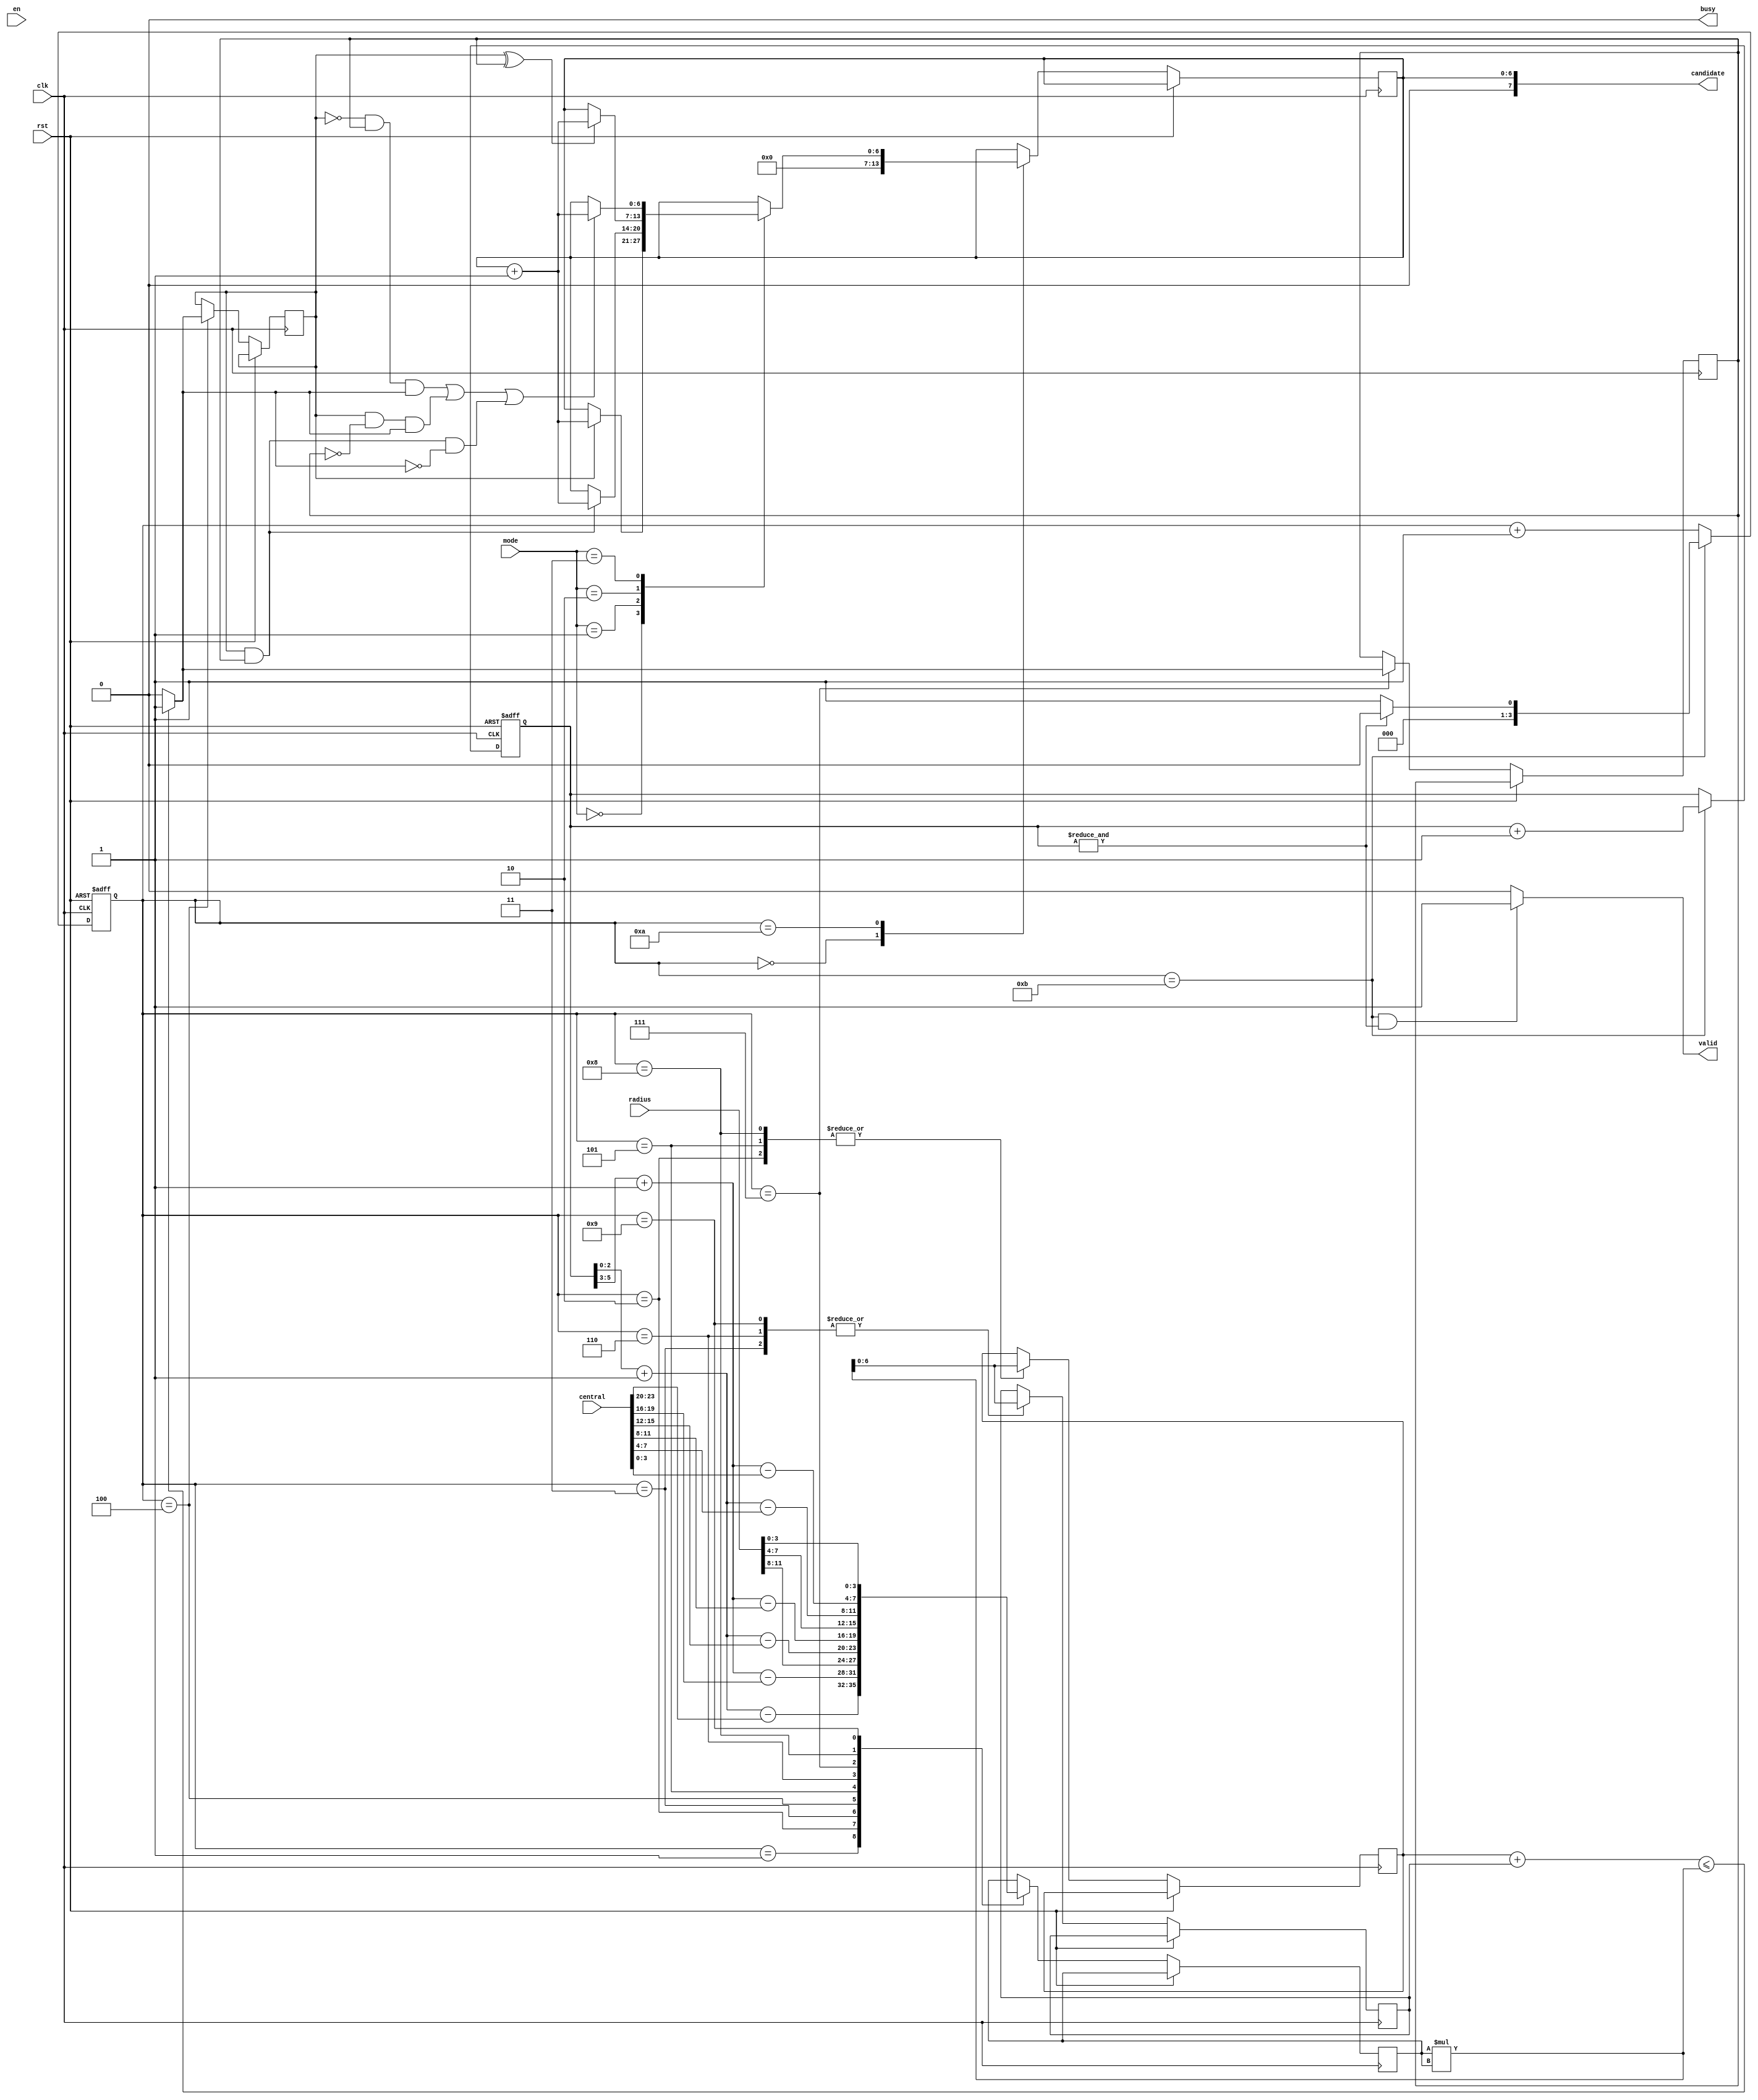
module SET ( clk , rst, en, central, radius, mode, busy, valid, candidate );

input clk, rst;
input en;
input [23:0] central;
input [11:0] radius;
input [1:0] mode;
output busy;
output reg valid;
output [7:0] candidate;//64 6:0

reg [5:0] counter;
wire [3:0] now_x,now_y;

wire [7:0] temp_2;//4*4=8
reg [6:0] left_reg_1,left_reg_2;

reg [3:0] step,next_step;
reg signed [3:0] temp;
reg flag_left,flag_mid;
wire flag;
reg [6:0] candidate_reg;

assign candidate = {1'b0,candidate_reg};
assign now_x = counter[2:0] + 1;
assign now_y = counter[5:3] + 1;
assign busy = 0;

assign temp_2 = temp * temp;
assign flag = (left_reg_1 + left_reg_2 <= temp_2)?1'b1:0;

always@(*)begin
	if(step == 4'b1011) begin
		if (&counter) begin 
			next_step = 0;
		end
		else begin
			next_step = 1;
		end
	end
	else begin
		next_step = step + 1;
	end
	
	if(step == 4'b1011 && &counter) begin
		valid = 1;
	end
	else valid = 0;
end

always @(posedge clk or posedge rst) begin
	if (rst) begin
		step <= 0;
		counter <= 0;
	end
	else begin
		step <= next_step;
		case (step)
			4'b0000:begin
				candidate_reg <= 0;
			end
			4'b0001:begin
				temp <= now_x - central[23:20];
			end
			4'b0010:begin
				left_reg_1 <= temp_2;
				temp <= now_y - central[19:16];
			end
			4'b0011:begin
				left_reg_2 <= temp_2;
				temp <= radius[11:8];
			end
			4'b0100:begin
				flag_left <= flag;
				temp <= now_x - central[15:12];
			end
			4'b0101:begin
				left_reg_1 <= temp_2;
				temp <= now_y - central[11:8];
			end
			4'b0110:begin
				left_reg_2 <= temp_2;
				temp <= radius[7:4];
			end
			4'b0111:begin
				flag_mid <= flag;
				temp <= now_x - central[7:4];
			end
			4'b1000:begin
				left_reg_1 <= temp_2;
				temp <= now_y - central[3:0];
			end
			4'b1001:begin
				left_reg_2 <= temp_2;
				temp <= radius[3:0];
			end
			4'b1010:begin
				case(mode)
					2'b00:begin
						if(flag_left) begin
							candidate_reg <= candidate_reg + 1;
						end
					end
					2'b01:begin
						if(flag_left & flag_mid) begin
							candidate_reg <= candidate_reg + 1;
						end
					end
					2'b10:begin
						if(flag_left ^ flag_mid) begin
							candidate_reg <= candidate_reg + 1;
						end
					end
					2'b11:begin
						if((!flag_left & flag_mid & flag)||(flag_left & !flag_mid & flag)||(flag_left & flag_mid & !flag)) begin
							candidate_reg <= candidate_reg + 1;
						end
					end
				endcase
													
			end
			4'b1011:begin
				counter <= counter + 1;
			end
		endcase
	end
end

endmodule

/*module SET ( clk , rst, en, central, radius, mode, busy, valid, candidate );

input clk, rst;
input en;
input [23:0] central;
input [11:0] radius;
input [1:0] mode;
output reg busy;
output reg valid;
output [7:0] candidate;//64 6:0

reg [5:0] counter;
wire [3:0] now_x,now_y;

wire [7:0] temp_2;//4*4=8
reg [6:0] left_reg_1,left_reg_2;

reg [3:0] step;
reg signed [3:0] temp;
reg flag_left,flag_mid;
wire flag;
reg [6:0] candidate_reg;

assign candidate = {1'b0,candidate_reg};
assign now_x = counter[2:0] + 1;
assign now_y = counter[5:3] + 1;

assign temp_2 = temp * temp;
assign flag = (left_reg_1 + left_reg_2 <= temp_2)?1'b1:0;


always @(posedge clk or posedge rst) begin
	if (rst) begin
		busy <= 0;
	end
	else begin
		if (en == 1) begin
			busy <= 1;
			counter <= 0;
			valid <= 0;
			candidate_reg <= 0;
			step <= 0;
		end
		else begin
			case (step)
				4'b0000:begin
					temp <= now_x - central[23:20];
				end
				4'b0001:begin
					left_reg_1 <= temp_2;
					temp <= now_y - central[19:16];
				end
				4'b0010:begin
					left_reg_2 <= temp_2;
					temp <= radius[11:8];
				end
				4'b0011:begin
					flag_left <= flag;
					temp <= now_x - central[15:12];
				end
				4'b0100:begin
					left_reg_1 <= temp_2;
					temp <= now_y - central[11:8];
				end
				4'b0101:begin
					left_reg_2 <= temp_2;
					temp <= radius[7:4];
				end
				4'b0110:begin
					flag_mid <= flag;
					temp <= now_x - central[7:4];
				end
				4'b0111:begin
					left_reg_1 <= temp_2;
					temp <= now_y - central[3:0];
				end
				4'b1000:begin
					left_reg_2 <= temp_2;
					temp <= radius[3:0];
				end
				4'b1001:begin
					case(mode)
						2'b00:begin
							if(flag_left) begin
								candidate_reg <= candidate_reg + 1;
							end
						end
						2'b01:begin
							if(flag_left & flag_mid) begin
								candidate_reg <= candidate_reg + 1;
							end
						end
						2'b10:begin
							if(flag_left ^ flag_mid) begin
								candidate_reg <= candidate_reg + 1;
							end
						end
						2'b11:begin
							if((!flag_left & flag_mid & flag)||(flag_left & !flag_mid & flag)||(flag_left & flag_mid & !flag)) begin
								candidate_reg <= candidate_reg + 1;
							end
						end
					endcase
				
				end
				4'b1010:begin
					busy <= 0;
										
					if (&counter) begin 
						valid <= 1;
					end
					counter <= counter + 1;
				end
			endcase
			step <= step + 1;
		end
	end
end

endmodule*/